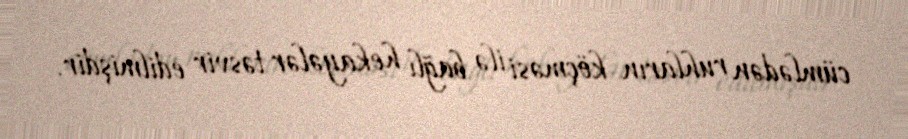
cümlədən ruhların köçməsi ilə bağlı hekayələr təsvir edilmişdir.